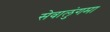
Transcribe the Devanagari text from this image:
सेवालुंगमा